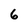
Character: 6